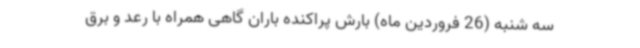
سه شنبه (26 فروردین ماه) بارش پراکنده باران گاهی همراه با رعد و برق